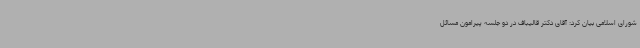
شورای اسلامی بیان کرد: آقای دکتر قالیباف در دو جلسه پیرامون مسائل